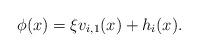
LaTeX: \begin{align*}\phi(x) = \xi v_{i, 1}(x)+h_i(x).\end{align*}